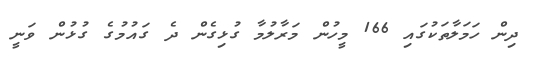
ދިން ހަމަލާތަކުގައި 166 މީހުން މަރާލުމާ ގުޅިގެން ދެ ގައުމުގެ ގުޅުން ވަނީ